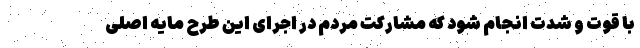
با قوت و شدت انجام شود که مشارکت مردم در اجرای این طرح مایه اصلی